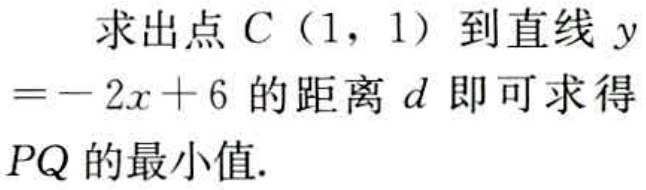
求出点\(C(1,1)\)到直线\(y = - 2x + 6\)的距离\(d\)即可求得\(PQ\)的最小值.